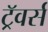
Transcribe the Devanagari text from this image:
ट्रॅवर्स